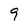
Character: 9